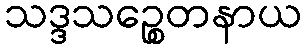
သဒ္ဒသဉ္စေတနာယ